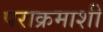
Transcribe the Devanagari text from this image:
पराक्रमाशी